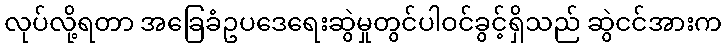
လုပ်လို့ရတာ အခြေခံဥပဒေရေးဆွဲမှုတွင်ပါဝင်ခွင့်ရှိသည် ဆွဲငင်အားက